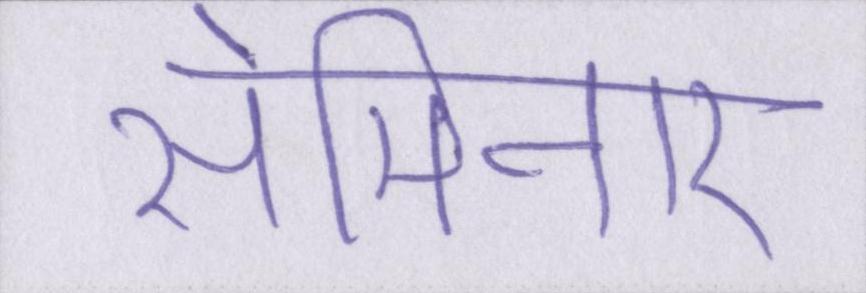
सेमिनार